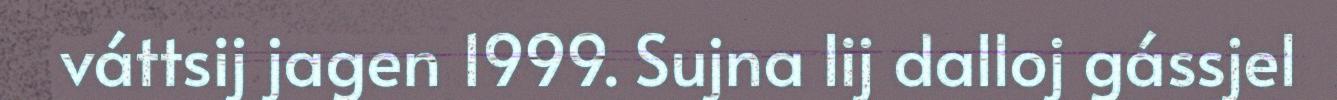
váttsij jagen 1999. Sujna lij dalloj gássjel